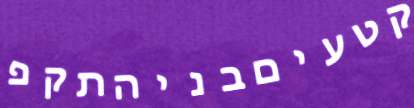
קטעיםבניהתקפ